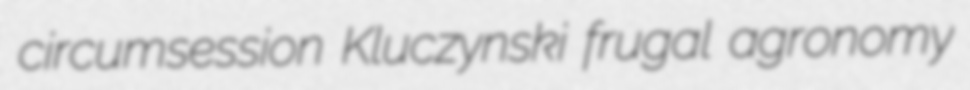
circumsession Kluczynski frugal agronomy